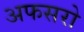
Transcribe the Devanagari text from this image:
अफसरो